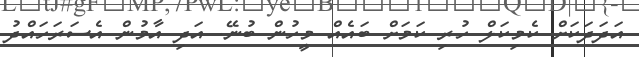
އަދަދަކަށް ކެމިކަލް ހުރި ކަމަށް ބައެއް މީހުން ބުނޭ. އަދި އާމުން އެސަރަހައްދު